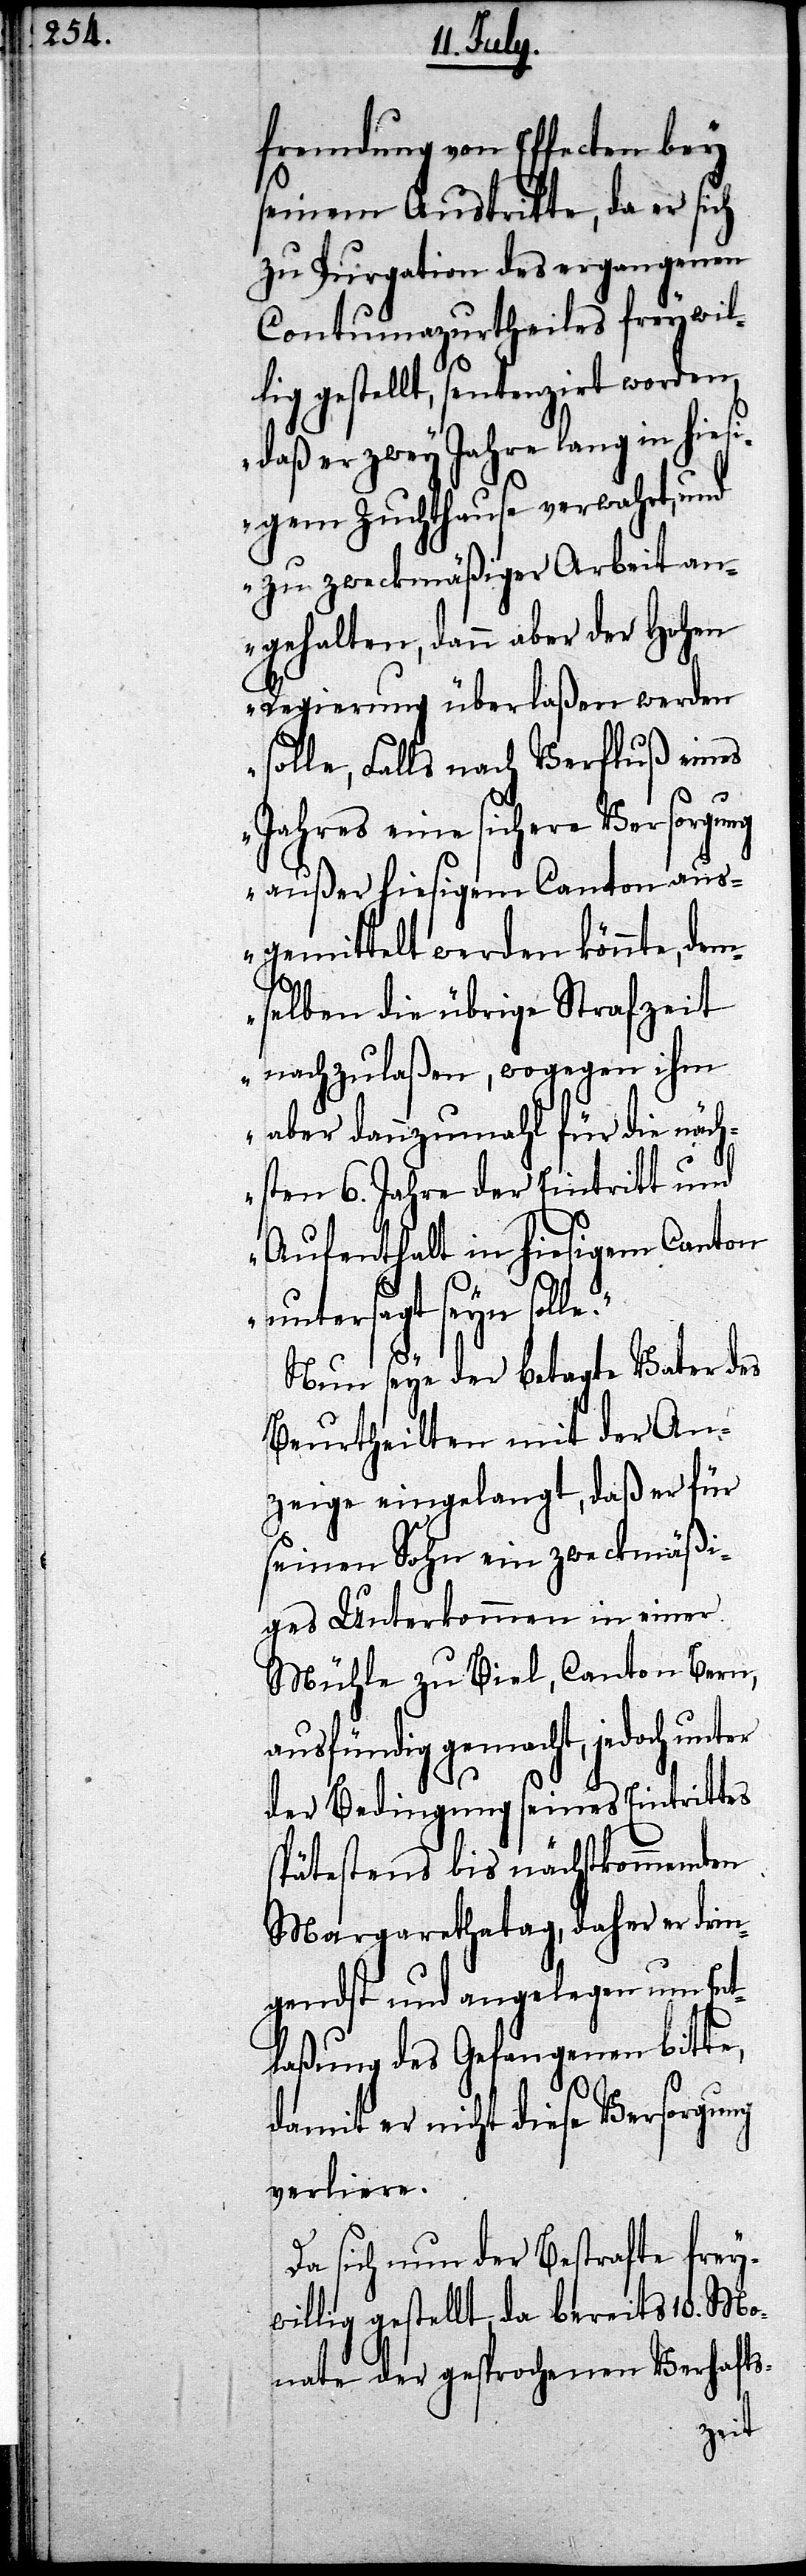
e.“

fremdung von Effecten bey
seinem Austritte, da er sich
zu Purgation des ergangenen
Contumazurtheiles freywil¬
lig gestellt, senteziert worden,
„daß er zwey Jahre lang in hiesi¬
gem Zuchthause verwahrt, und
zu zweckmäßiger Arbeit an¬
gehalten, dann aber der Hohen
Regierung überlaßen werden
solle, Falls nach Verfluß eines
Jahres eine sichere Versorgung
außer hiesigem Canton aus¬
gemittelt werden könnte, dem¬
selben die übrige Strafzeit
nachzulaßen, wogegen ihm
aber dannzumahl für die näch¬
sten 6. Jahre der Eintritt und
Aufenthalt in hiesigem Canton
untersagt seyn soll¬
Nun seye der betagte Vater des
Verurtheilten mit der An¬
zeige eingelangt, daß er für
seinen Sohn ein zweckmäßi¬
ges Unterkommen ein einer
Mühle zu Biel, Canton Bern,
ausfündig gemacht, jedoch
der Bedingung seines Eintrittes
spätestens bis nächstkommenden
Margarethatag, daher er drin¬
genst und angelegen um Ent¬
laßung des Gefangenen bitte,
damit er nicht diese Versorgung
verliere.
Da sich nun der Bestrafte frey¬
willig gestellt, da bereits 10. Mo¬
nate der gesprochenen Verhafts-